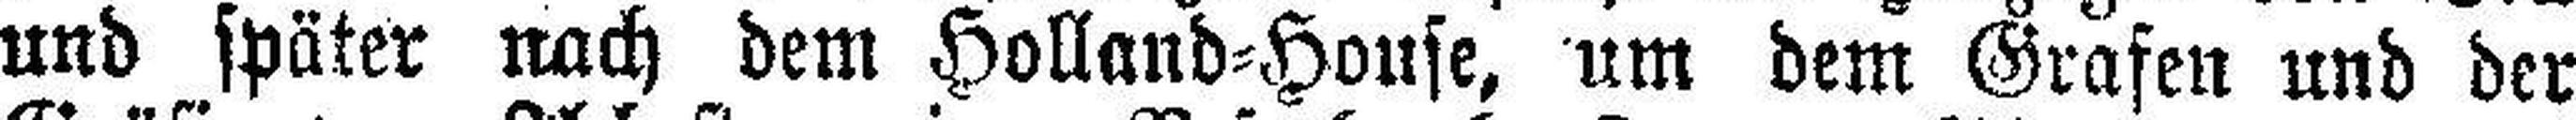
und später nach dem Holland=House, um dem Grafen und der